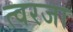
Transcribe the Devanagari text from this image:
त्वरजा